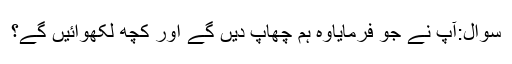
سوال:آپ نے جو فرمایاوہ ہم چھاپ دیں گے اور کچھ لکھوائیں گے؟